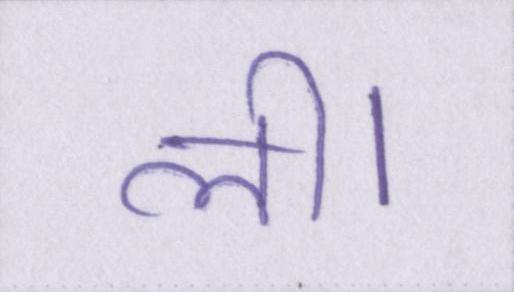
ली।